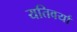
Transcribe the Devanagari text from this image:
यतिवर्या